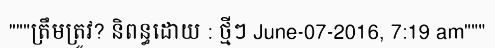
"""ត្រឹមត្រូវ? និពន្ធដោយ : ថ្មីៗ June-07-2016, 7:19 am"""